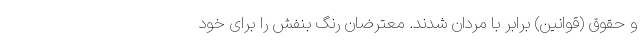
و حقوق (قوانین) برابر با مردان شدند. معترضان رنگ بنفش را برای خود